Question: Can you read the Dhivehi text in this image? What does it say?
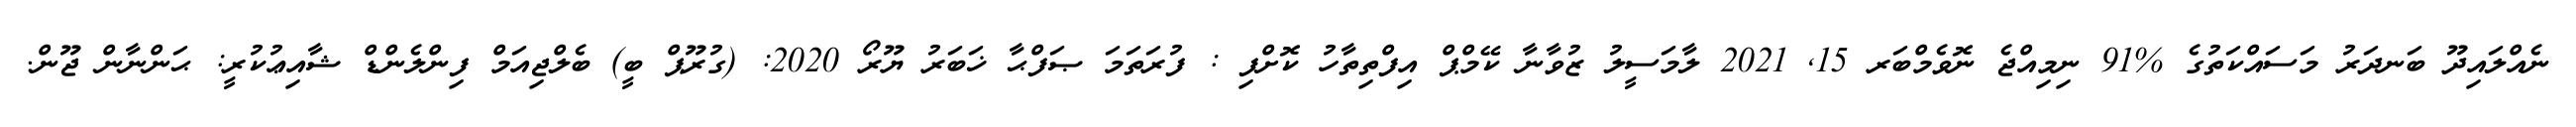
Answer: ނެއްލައިދޫ ބަނދަރު މަސައްކަތުގެ %91 ނިމިއްޖެ ނޮވެމްބަރ 15, 2021 ލާމަސީލު ޒުވާނާ ކޭމްޕް އިފްތިތާހު ކޮށްފި : ފުރަތަމަ ޞަފްޙާ ޚަބަރު ޔޫރޯ 2020: (ގުރޫޕް ބީ) ބެލްޖިއަމް ފިންލެންޑް ޝާއިޢުކުރީ: ޙަންނާން ޖޫން.